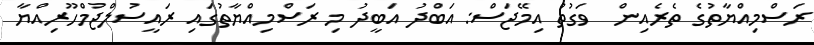
ރަސްމިއްޔާތުގެ ތެރެއިން  ވަގުތު އިމޭޖަސް: އަބްދު އަބީދު މި ރަސްމިއްޔާތުގައި ރައީސުލްޖުމްހޫރިއްޔާ